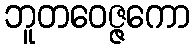
ဘူတဝေဇ္ဇကော